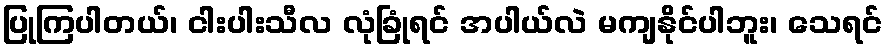
ပြုကြပါတယ်၊ ငါးပါးသီလ လုံခြုံရင် အပါယ်လဲ မကျနိုင်ပါဘူး၊ သေရင်